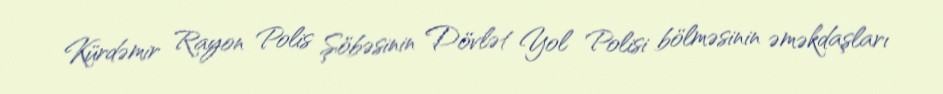
Kürdəmir Rayon Polis Şöbəsinin Dövlət Yol Polisi bölməsinin əməkdaşları